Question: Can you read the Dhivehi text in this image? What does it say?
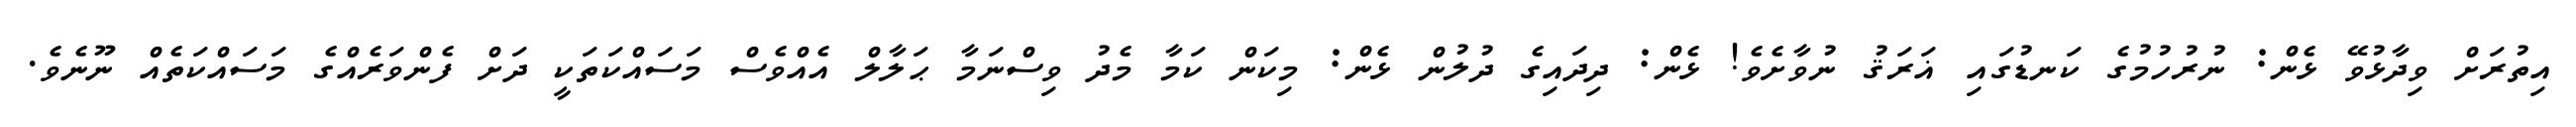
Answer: އިތުރަށް ވިދާޅުވޭ ޅެން: ނުރުހުމުގެ ކަނޑުގައި ޣަރަޤު ނުވާށެވެ! ޅެން: ދިދައިގެ ދުލުން ޅެން: މިކަން ކަމާ މެދު ވިސްނަމާ ޙަލާލް އެއްވެސް މަސައްކަތަކީ ދަށް ފެންވަރެއްގެ މަސައްކަތެއް ނޫނެވެ.